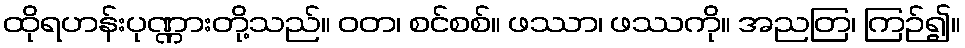
ထိုရဟန်းပုဏ္ဏားတို့သည်။ ဝတ၊ စင်စစ်။ ဖဿာ၊ ဖဿကို။ အညတြ၊ ကြဉ်၍။